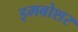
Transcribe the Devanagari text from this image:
इमबोशर